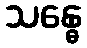
သန္ဓေ